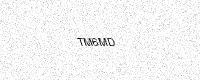
Text: TM6MD